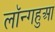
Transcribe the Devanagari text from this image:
लॉन्गहुआ